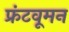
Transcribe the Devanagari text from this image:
फ्रंटवूमन